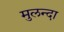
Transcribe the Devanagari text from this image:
मुलन्दा